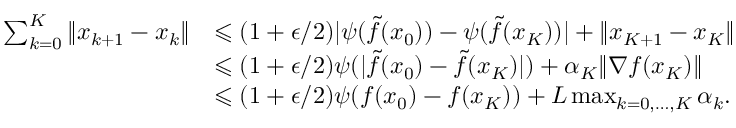
\begin{array} { r l } { \sum _ { k = 0 } ^ { K } \| x _ { k + 1 } - x _ { k } \| } & { \leqslant ( 1 + \epsilon / 2 ) | \psi ( \tilde { f } ( x _ { 0 } ) ) - \psi ( \tilde { f } ( x _ { K } ) ) | + \| x _ { K + 1 } - x _ { K } \| } \\ & { \leqslant ( 1 + \epsilon / 2 ) \psi ( | \tilde { f } ( x _ { 0 } ) - \tilde { f } ( x _ { K } ) | ) + \alpha _ { K } \| \nabla f ( x _ { K } ) \| } \\ & { \leqslant ( 1 + \epsilon / 2 ) \psi ( f ( x _ { 0 } ) - f ( x _ { K } ) ) + L \operatorname* { m a x } _ { k = 0 , \hdots , K } \alpha _ { k } . } \end{array}